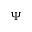
\Psi